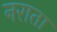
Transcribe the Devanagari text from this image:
नराता